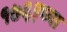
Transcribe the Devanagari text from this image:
१७६३च्या